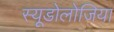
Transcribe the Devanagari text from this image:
स्यूडोलोजिया